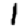
Digit: 1